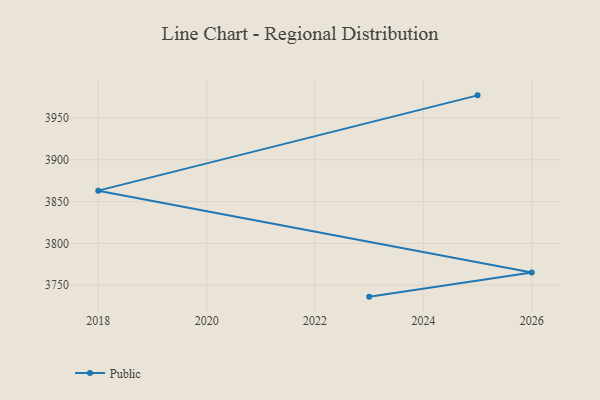
{"axis": {"x": "Year", "y": "Website Visitors"}, "legend": ["Public"], "data": [{"x": "2025", "y": 3977.2, "type": "Public"}, {"x": "2018", "y": 3863.1, "type": "Public"}, {"x": "2026", "y": 3765.1, "type": "Public"}, {"x": "2023", "y": 3736.2, "type": "Public"}]}